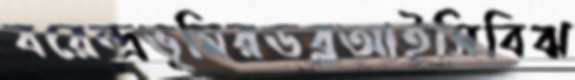
বরেন্দ্রভূমিরডব্লআইসিবিঝ